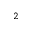
_ 2